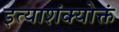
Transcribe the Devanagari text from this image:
इत्याशंक्योक्तं